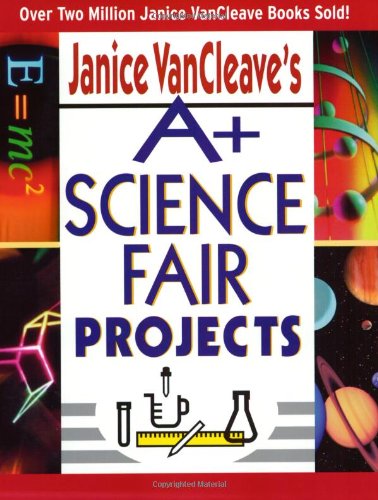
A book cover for Janice VanCleave's A+ Science Fair Projects; Janice VanCleave; Science & Math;